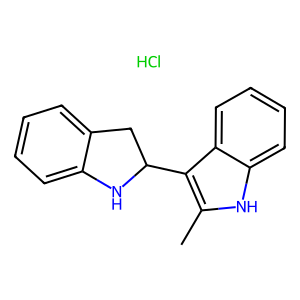
SMILES: Cc1[nH]c2ccccc2c1C1Cc2ccccc2N1.Cl
Inhibits HIV replication: No